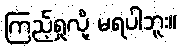
ကြည့်ရှုလို့ မရပါဘူး။